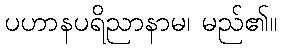
ပဟာနပရိညာနာမ၊ မည်၏။